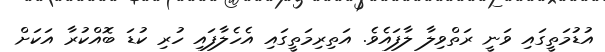
އުޑުމަތީގައި ވަނީ ރަތްވިލާ ލާފައެވެ. އަތިރިމަތީގައި އެހެލާފައި ހުރި ކުޑަ ބޮއްކުރާ އަކަށް